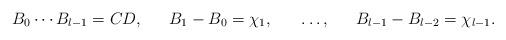
LaTeX: \begin{align*} B_0\cdots B_{l-1} &= CD,& B_1-B_0 &=\chi_1, & &\ldots,& B_{l-1}-B_{l-2}&=\chi_{l-1}. \end{align*}